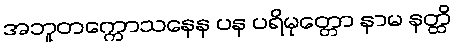
အဘူတက္ကောသနေန ပန ပရိမုတ္တော နာမ နတ္ထိ